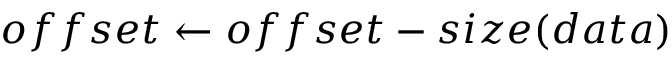
o f f s e t \gets o f f s e t - s i z e ( d a t a )